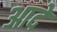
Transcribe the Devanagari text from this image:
आदे